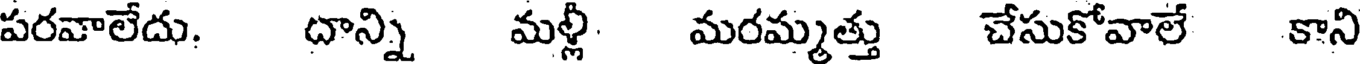
పరవాలేదు. దాన్ని మళ్లి మరమ్మత్తు చేసుకోవాలే కాని